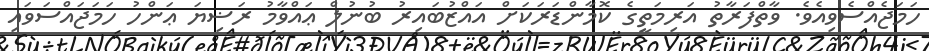
ހަމަޖެއްސެވިއެވެ. ވާތްފަރާތު އަރިމަތީގެ ކޮމާންޑަރަކަށް އައްޒުބައިރު ބުނުލް ޢައްވާމު ރަޟިޔަ ޢަންހު ހަމަޖައްސަވައި